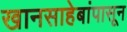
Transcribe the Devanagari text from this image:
खानसाहेबांपासून